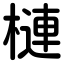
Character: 槤